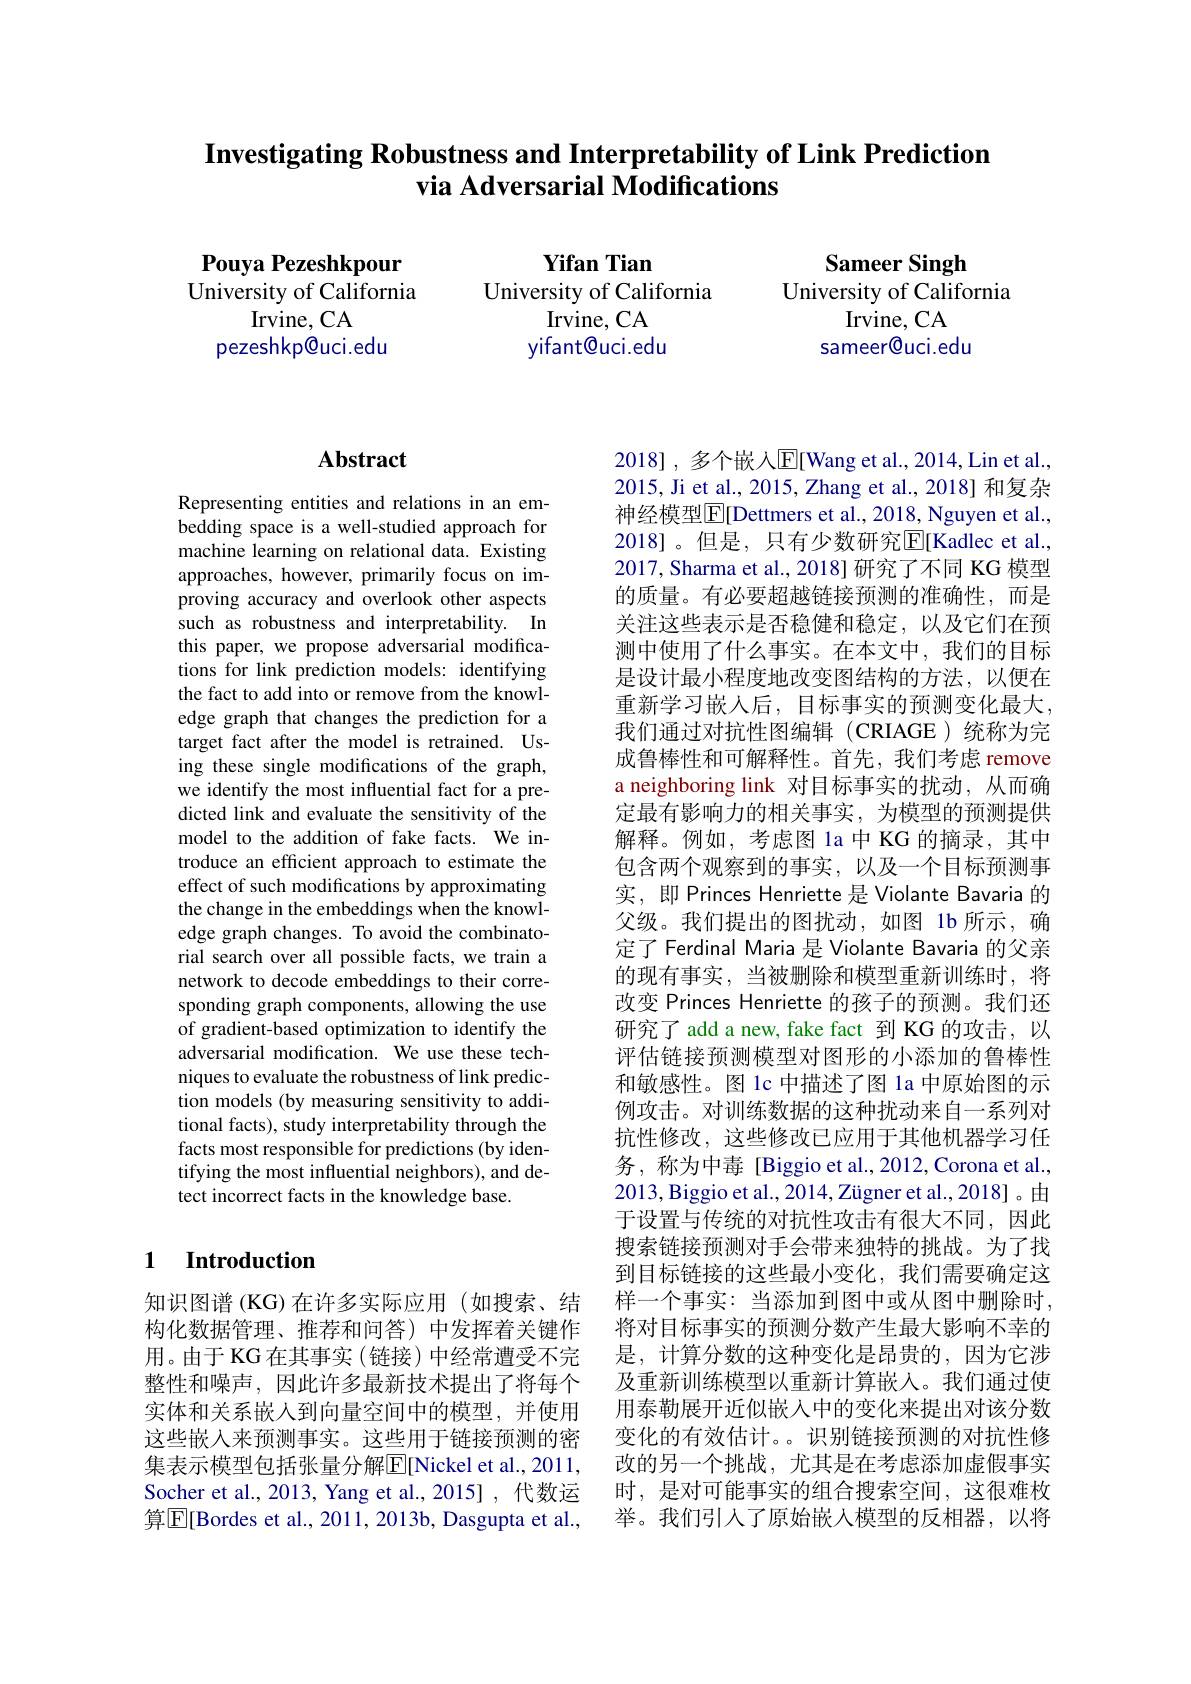
# $\textbf{Investigating Robustness and Interpretability of Link Prediction}$ via Adversarial Modifications

Pouya Pezeshkpour
University of California
Irvine, CA
pezeshkp@uci.edu

Yifan Tian
University of California
Irvine, CA yifant@uci.edu

Sameer Singh
University of California
Irvine, CA
sameer@uci.edu

## $\mathbf{Abstract}$

Representing entities and relations in an embedding space is a well-studied approach for machine learning on relational data. Existing approaches, however, primarily focus on improving accuracy and overlook other aspects such as robustness and interpretability. In this paper, we propose adversarial modifications for link prediction models: identifying the fact to add into or remove from the knowledge graph that changes the prediction for a target fact after the model is retrained. Using these single modifications of the graph, we identify the most influential fact for a predicted link and evaluate the sensitivity of the model to the addition of fake facts. We introduce an efficient approach to estimate the effect of such modifications by approximating the change in the embeddings when the knowledge graph changes. To avoid the combinatorial search over all possible facts, we train a network to decode embeddings to their corresponding graph components, allowing the use of gradient-based optimization to identify the adversarial modification. We use these techniques to evaluate the robustness of link prediction models (by measuring sensitivity to additional facts), study interpretability through the facts most responsible for predictions (by identifying the most influential neighbors), and detect incorrect facts in the knowledge base.

### 1 Introduction

知识图谱(KG)在许多实际应用(如搜索、结构化数据管理、推荐和问答)中发挥着关键作用。由于 KG 在其事实 (链接) 中经常遭受不完整性和噪声，因此许多最新技术提出了将每个实体和关系嵌入到向量空间中的模型，并使用这些嵌入来预测事实。这些用于链接预测的密集表示模型包括张量分解$\overline{\mathrm{E}}[$Nickel et al.,2011, Socher et al., 2013, Yang et al., 2015] , 代数运算$\overline{\mathbb{E}}[$Bordes et al., 2011, 2013b, Dasgupta et al.,

2018], 多个嵌人$\overline{\mathrm{E}}[$Wang et al., 2014,Lin et al., 2015, Ji et al., 2015, Zhang et al., 2018] 和复杂神经模型$\overline{\mathrm{E}}[$Dettmers et al., 2018, Nguyen et al., 2018]。但是，只有少数研究$\overline{\mathbb{E}}[$Kadlec et al., 2017, Sharma et al., 2018] 研究了不同 KG 模型的质量。有必要超越链接预测的准确性，而是关注这些表示是否稳健和稳定，以及它们在预测中使用了什么事实。在本文中，我们的目标是设计最小程度地改变图结构的方法，以便在重新学习嵌人后，目标事实的预测变化最大， 我们通过对抗性图编辑(CRIAGE)统称为完成鲁棒性和可解释性。首先，我们考虑 remove a neighboring link 对目标事实的扰动，从而确定最有影响力的相关事实，为模型的预测提供解释。例如，考虑图 la 中 KG 的摘录，其中包含两个观察到的事实，以及一个目标预测事实，即 Princes Henriette 是 Violante Bavaria 的父级。我们提出的图扰动，如图 1b 所示，确定了 Ferdinal Maria 是 Violante Bavaria 的父亲的现有事实，当被删除和模型重新训练时，将改变 Princes Henriette 的孩子的预测。我们还研究了 add a new, fake fact 到 KG 的攻击，以评估链接预测模型对图形的小添加的鲁棒性和敏感性。图 1c 中描述了图 la 中原始图的示例攻击。对训练数据的这种扰动来自一系列对抗性修改，这些修改已应用于其他机器学习任务，称为中毒[Biggio et al.,2012,Corona et al., 2013,Biggio et al., 2014, Zügner et al., 2018]。由于设置与传统的对抗性攻击有很大不同，因此搜索链接预测对手会带来独特的挑战。为了找到目标链接的这些最小变化，我们需要确定这样一个事实：当添加到图中或从图中删除时， 将对目标事实的预测分数产生最大影响不幸的是，计算分数的这种变化是昂贵的，因为它涉及重新训练模型以重新计算嵌入。我们通过使用泰勒展开近似嵌入中的变化来提出对该分数变化的有效估计。。识别链接预测的对抗性修改的另一个挑战，尤其是在考虑添加虚假事实时，是对可能事实的组合搜索空间，这很难枚举。我们引入了原始嵌人模型的反相器，以将